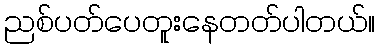
ညစ်ပတ်ပေတူးနေတတ်ပါတယ်။